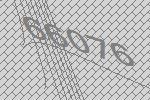
66076